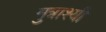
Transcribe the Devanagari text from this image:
मुत्राश्यी